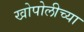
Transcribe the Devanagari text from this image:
खोपोलीच्या